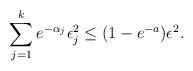
LaTeX: \begin{align*}\sum_{j=1}^{k} e^{-\alpha_j} \epsilon_j^2 \leq (1 - e^{-a})\epsilon^2. \end{align*}